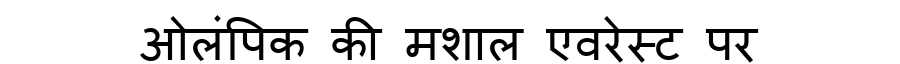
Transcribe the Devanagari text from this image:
ओलंपिक की मशाल एवरेस्ट पर